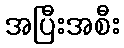
အပြီးအစီး